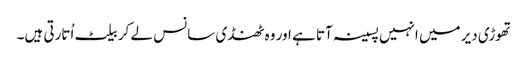
تھوڑی دیر میں انہیں پسینہ آتا ہے اور وہ ٹھنڈی سانس لے کر بیلٹ اُتارتی ہیں۔